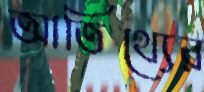
আতিথ্যের